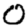
Digit: 0